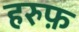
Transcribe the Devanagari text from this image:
हरुफ़